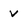
Character: v